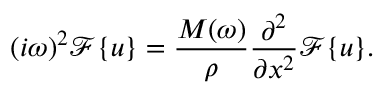
( i \omega ) ^ { 2 } \mathcal { F } \{ u \} = \frac { M ( \omega ) } { \rho } \frac { \partial ^ { 2 } } { \partial x ^ { 2 } } \mathcal { F } \{ u \} .